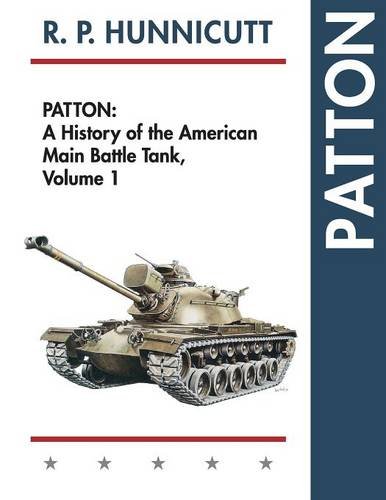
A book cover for Patton: A History of the American Main Battle Tank; R.P. Hunnicutt; History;